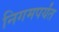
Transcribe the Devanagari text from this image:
निगमपर्यंत